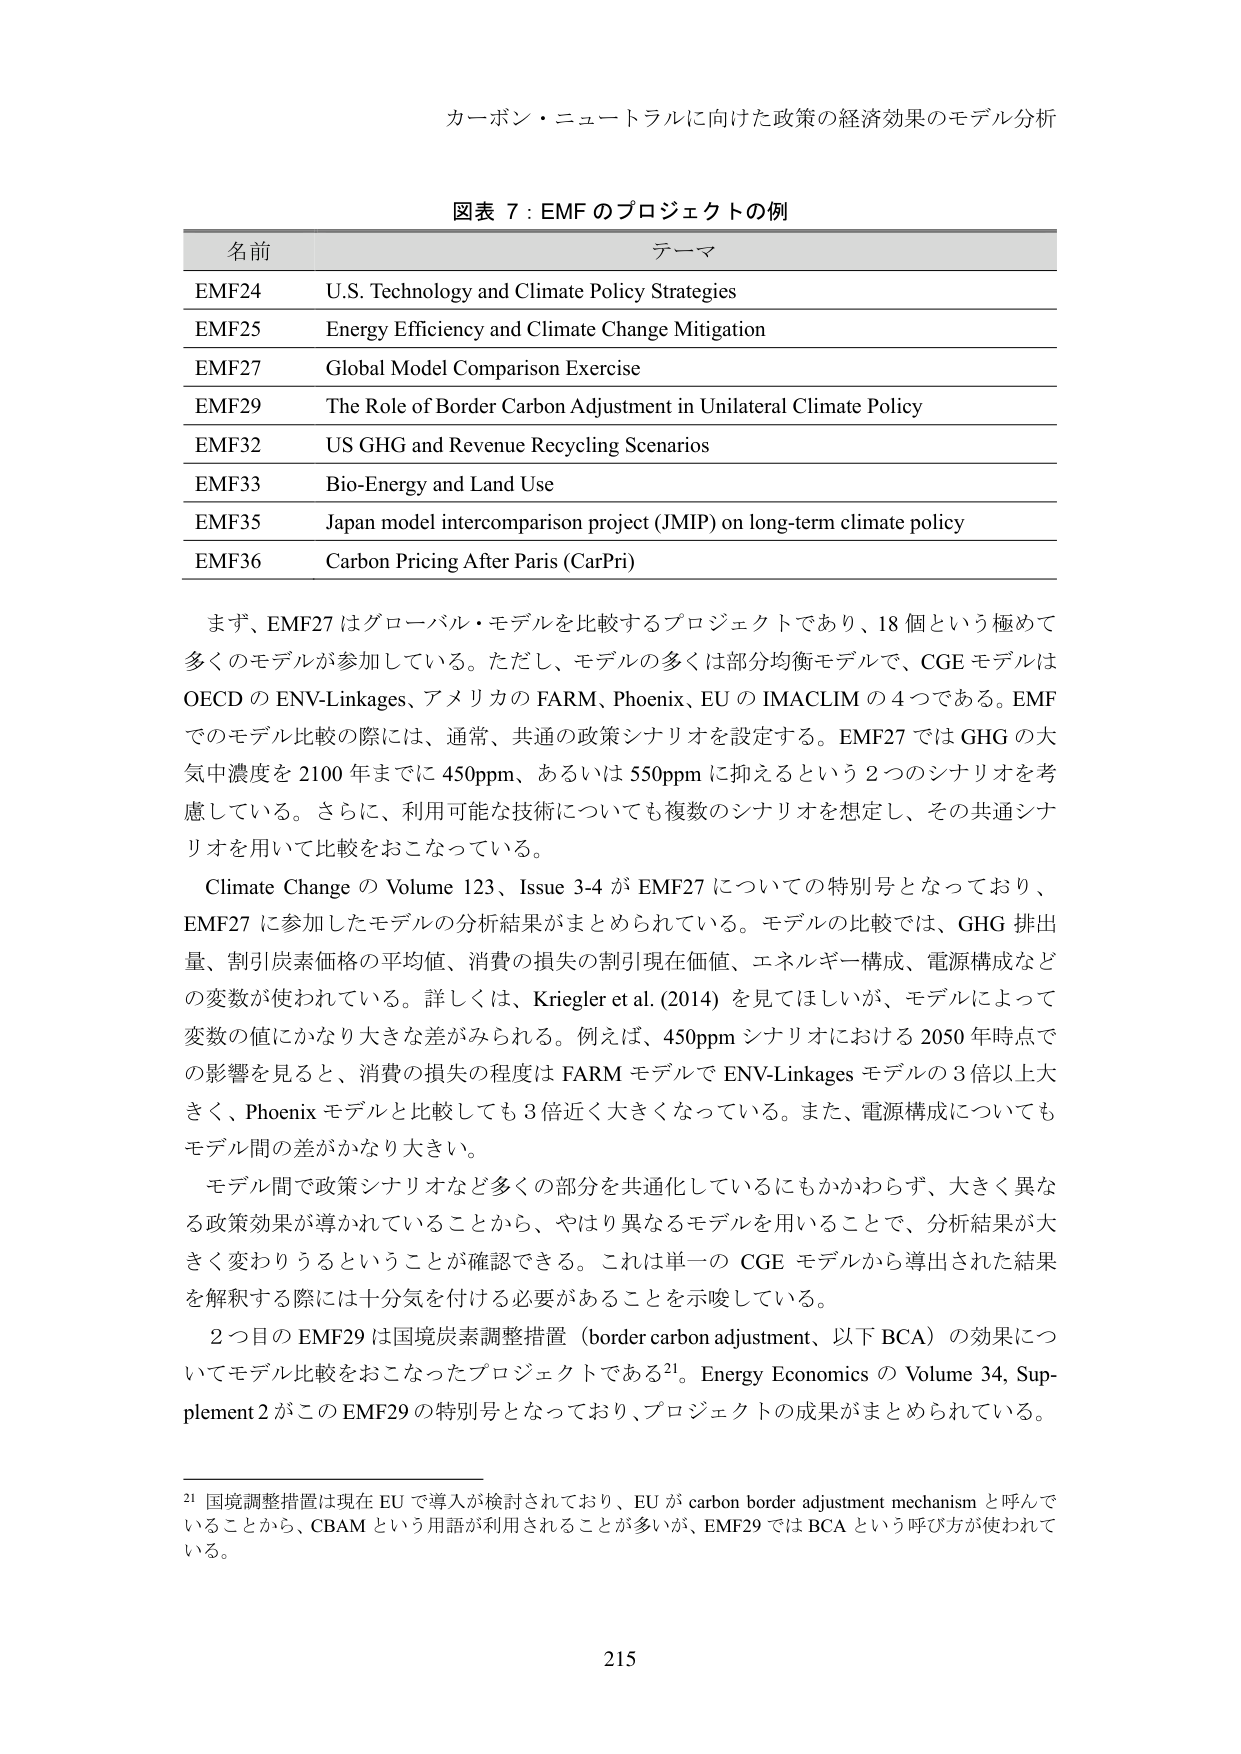
カーボン・ニュートラルに向けた政策の経済効果のモデル分析

図表 7：EMF のプロジェクトの例

名前 テーマ
EMF24 U.S. Technology and Climate Policy Strategies
EMF25 Energy Efficiency and Climate Change Mitigation
EMF27 Global Model Comparison Exercise
EMF29 The Role of Border Carbon Adjustment in Unilateral Climate Policy
EMF32 US GHG and Revenue Recycling Scenarios
EMF33 Bio-Energy and Land Use
EMF35 Japan model intercomparison project (JMIP) on long-term climate policy
EMF36 Carbon Pricing After Paris (CarPri)

まず、EMF27 はグローバル・モデルを比較するプロジェクトであり、18 個という極めて多くのモデルが参加している。ただし、モデルの多くは部分均衡モデルで、CGE モデルは OECD の ENV-Linkages、アメリカの FARM、Phoenix、EU の IMACLIM の 4 つである。EMF でのモデル比較の際には、通常、共通の政策シナリオを設定する。EMF27 では GHG の大気中濃度を 2100 年までに 450ppm、あるいは 550ppm に抑えるという 2 つのシナリオを考慮している。さらに、利用可能な技術についても複数のシナリオを想定し、その共通シナリオを用いて比較をおこなっている。

Climate Change の Volume 123、Issue 3-4 が EMF27 についての特別号となっており、EMF27 に参加したモデルの分析結果がまとめられている。モデルの比較では、GHG 排出量、割引炭素価格の平均値、消費の損失の割引現在価値、エネルギー構成、電源構成などの変数が使われている。詳しくは、Krieger et al. (2014) を見てほしいが、モデルによって変数の値にかなり大きな差がみられる。例えば、450ppm シナリオにおける 2050 年時点での影響を見ると、消費の損失の程度は FARM モデルで ENV-Linkages モデルの 3 倍以上大きく、Phoenix モデルと比較しても 3 倍近く大きくなっている。また、電源構成についてもモデル間の差がかなり大きい。

モデル間で政策シナリオなど多くの部分を共通化しているにもかかわらず、大きく異なる政策効果が導かれていることから、やはり異なるモデルを用いることで、分析結果が大きく変わりうるということが確認できる。これは単一の CGE モデルから導出された結果を解釈する際には十分気を付ける必要があることを示唆している。

2 つ目の EMF29 は国境炭素調整措置（border carbon adjustment、以下 BCA）の効果についてモデル比較をおこなったプロジェクトである21。Energy Economics の Volume 34, Supplement 2 がこの EMF29 の特別号となっており、プロジェクトの成果がまとめられている。

21 国境調整措置は現在 EU で導入が検討されており、EU が carbon border adjustment mechanism と呼んでいることから、CBAM という用語が利用されることが多いが、EMF29 では BCA という呼び方が使われている。

215